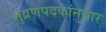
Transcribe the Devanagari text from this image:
सुव्रणपदकांनुसार